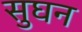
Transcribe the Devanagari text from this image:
सुघन